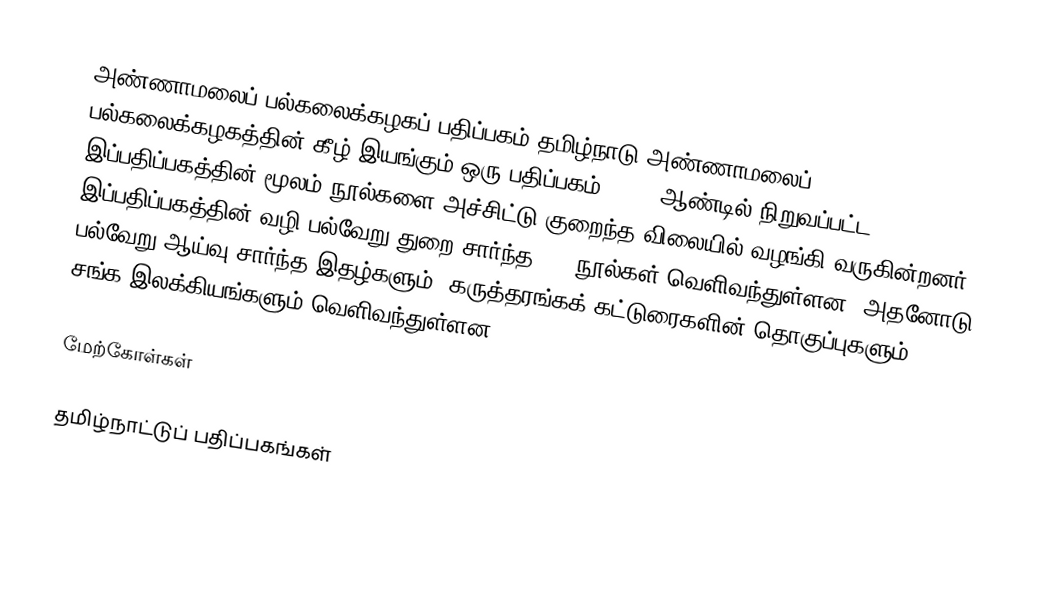
அண்ணாமலைப் பல்கலைக்கழகப் பதிப்பகம் தமிழ்நாடு அண்ணாமலைப் பல்கலைக்கழகத்தின் கீழ் இயங்கும் ஒரு பதிப்பகம். 1929 ஆண்டில் நிறுவப்பட்ட இப்பதிப்பகத்தின் மூலம் நூல்களை அச்சிட்டு குறைந்த விலையில் வழங்கி வருகின்றனர். இப்பதிப்பகத்தின் வழி பல்வேறு துறை சார்ந்த 625 நூல்கள் வெளிவந்துள்ளன. அதனோடு பல்வேறு ஆய்வு சார்ந்த இதழ்களும், கருத்தரங்கக் கட்டுரைகளின் தொகுப்புகளும், சங்க இலக்கியங்களும் வெளிவந்துள்ளன.

மேற்கோள்கள்

தமிழ்நாட்டுப் பதிப்பகங்கள்